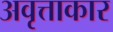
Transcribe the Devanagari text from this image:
अवृत्ताकार